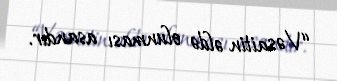
“Vəsaitin əldə olunması asandır.